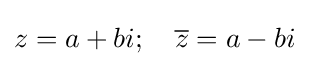
z=a+bi;\quad {\overline {z}}=a-bi